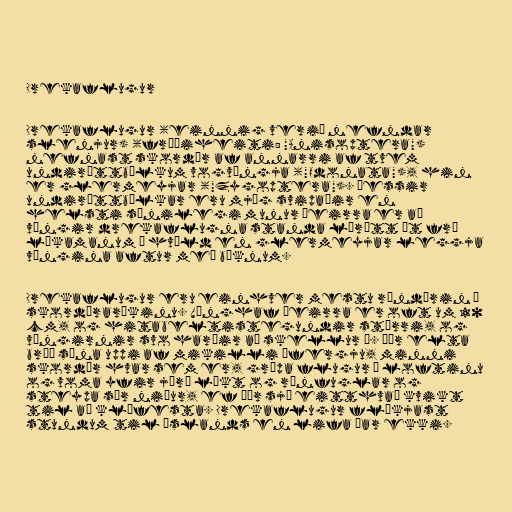
Drekaflugur

Drekaflugur (einnig verið nefndar
slenjur) (fræðiheiti: "Anisoptera")
nefnast skordýr af annarri af tvem
undirættbálkum vogvængja ("Odonata"), hin
er glermeyjar ("Zygoptera"). Þessir
undirættbálkar eru mjög svipaðir en
helsti sýnilegi munur þeirra er að
vængir drekaflugna standa lárétt út frá
líkamanum í hvíld en glermeyjar leggja
vængina aftur með búknum.

Drekaflugur eru einhver mestu rándýrin í
skordýraríkinu. Vænghaf þeirra er oft um 10
cm, og hitabeltistegundir stærri, og
vængirnir svo harðir að skellur í. Þær elta
bráð sína uppi af mikilli áfergju, minni
skordýr hvar sem er, grípa flugur í loftinu
og voma yfir jörð líkt og ránfuglar og
steypa sér niður, ef þær sjá eitthvað kvikt
til að klófesta. Drekaflugur flækjast
stundum til Íslands en lifa þar ekki.